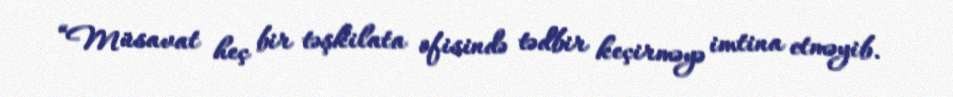
“Müsavat heç bir təşkilata ofisində tədbir keçirməyə imtina etməyib.